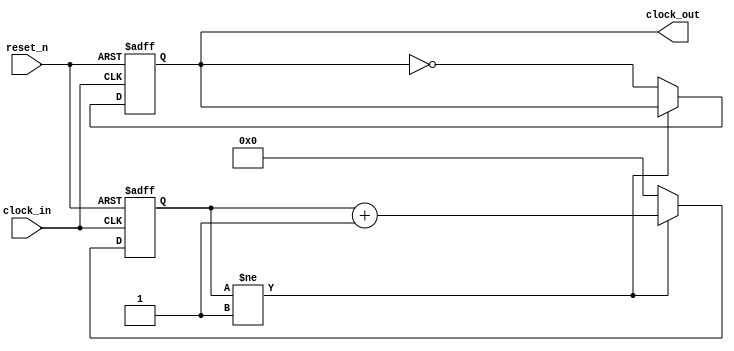
module HW9_1(
    input clock_in,reset_n,
    output reg clock_out
);

reg [22:0] clock_divider ;
parameter divide_by = 2;

always@(posedge clock_in,negedge reset_n)
begin
    if(~reset_n)
        begin
            clock_out = 0;
            clock_divider = 0;
        end
     else
        begin
            if(clock_divider != divide_by-1)begin
               clock_divider <= clock_divider+1; 
            end
            else begin
                clock_divider <= 0;
                clock_out = ~clock_out;
            end    
        end   
end

endmodule